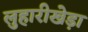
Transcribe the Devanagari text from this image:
लुहारीखेड़ा